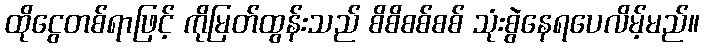
ထိုငွေတစ်ရာဖြင့် ကိုမြတ်ထွန်းသည် စိစိစစ်စစ် သုံးစွဲနေရပေလိမ့်မည်။